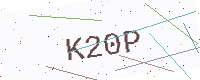
Text: K20P